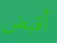
أقبض